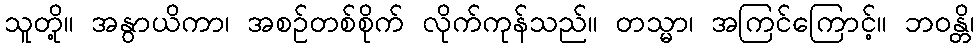
သူတို့။ အနွာယိကာ၊ အစဉ်တစ်စိုက် လိုက်ကုန်သည်။ တသ္မာ၊ အကြင်ကြောင့်။ ဘဝန္တိ၊